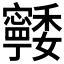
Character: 𭔨